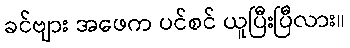
ခင်ဗျား အဖေက ပင်စင် ယူပြီးပြီလား။